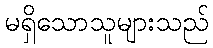
မရှိသောသူများသည်